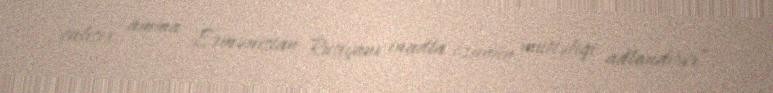
çalışır, amma Ermənistan Rusiyanı inadla özünün müttəfiqi adlandırır”.